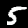
Digit: 5